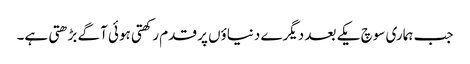
جب ہماری سوچ یکے بعد دیگرے دنیاؤں پر قدم رکھتی ہوئی آگے بڑھتی ہے۔